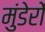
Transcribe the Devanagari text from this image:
मुंडेरों